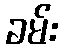
ခမ်း